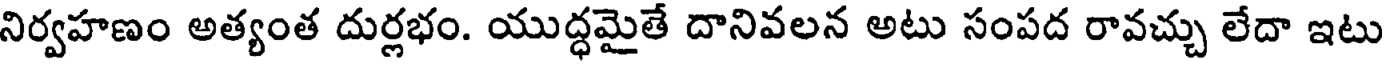
నిర్వహణం అత్యంత దుర్లభం. యుద్ధమైతే దానివలన అటు సంపద రావచ్చు లేదా ఇటు